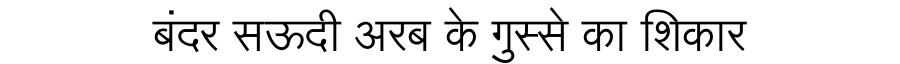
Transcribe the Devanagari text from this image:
बंदर सऊदी अरब के गुस्से का शिकार